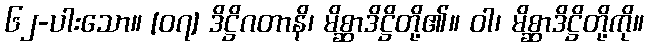
၆၂-ပါးသော။ [၀၇] ဒိဋ္ဌိဂတာနိ၊ မိစ္ဆာဒိဋ္ဌိတို့၏။ ဝါ၊ မိစ္ဆာဒိဋ္ဌိတို့ကို။